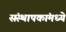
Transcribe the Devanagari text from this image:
संस्थापकांमध्ये